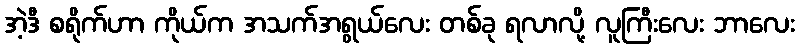
အဲ့ဒီ စရိုက်ဟာ ကိုယ်က အသက်အရွယ်လေး တစ်ခု ရလာလို့ လူကြီးလေး ဘာလေး